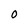
Character: 0